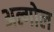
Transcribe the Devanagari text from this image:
अल्गोल